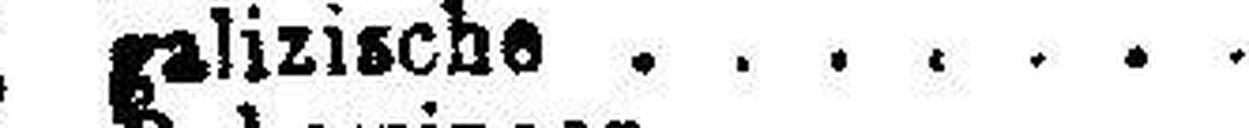
5% " galizische